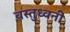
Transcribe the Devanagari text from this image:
वस्तुध्वनी